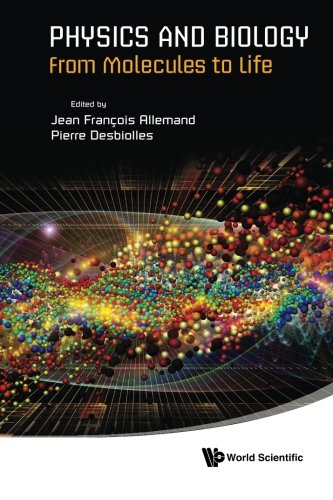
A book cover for Physics and Biology: From Molecules to Life; Science & Math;